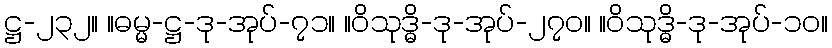
ဋ္ဌ-၂၃၂။ ။ဓမ္မ-ဋ္ဌ-ဒု-အုပ်-၇၁။ ။ဝိသုဒ္ဓိ-ဒု-အုပ်-၂၇၀။ ။ဝိသုဒ္ဓိ-ဒု-အုပ်-၁၀။